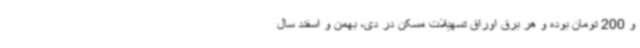
و 200 تومان بوده و هر برق اوراق تسهیلات مسکن در دی، بهمن و اسفند سال